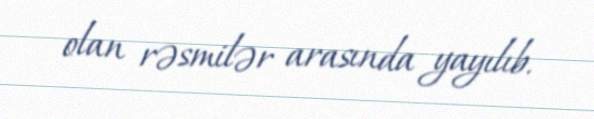
olan rəsmilər arasında yayılıb.